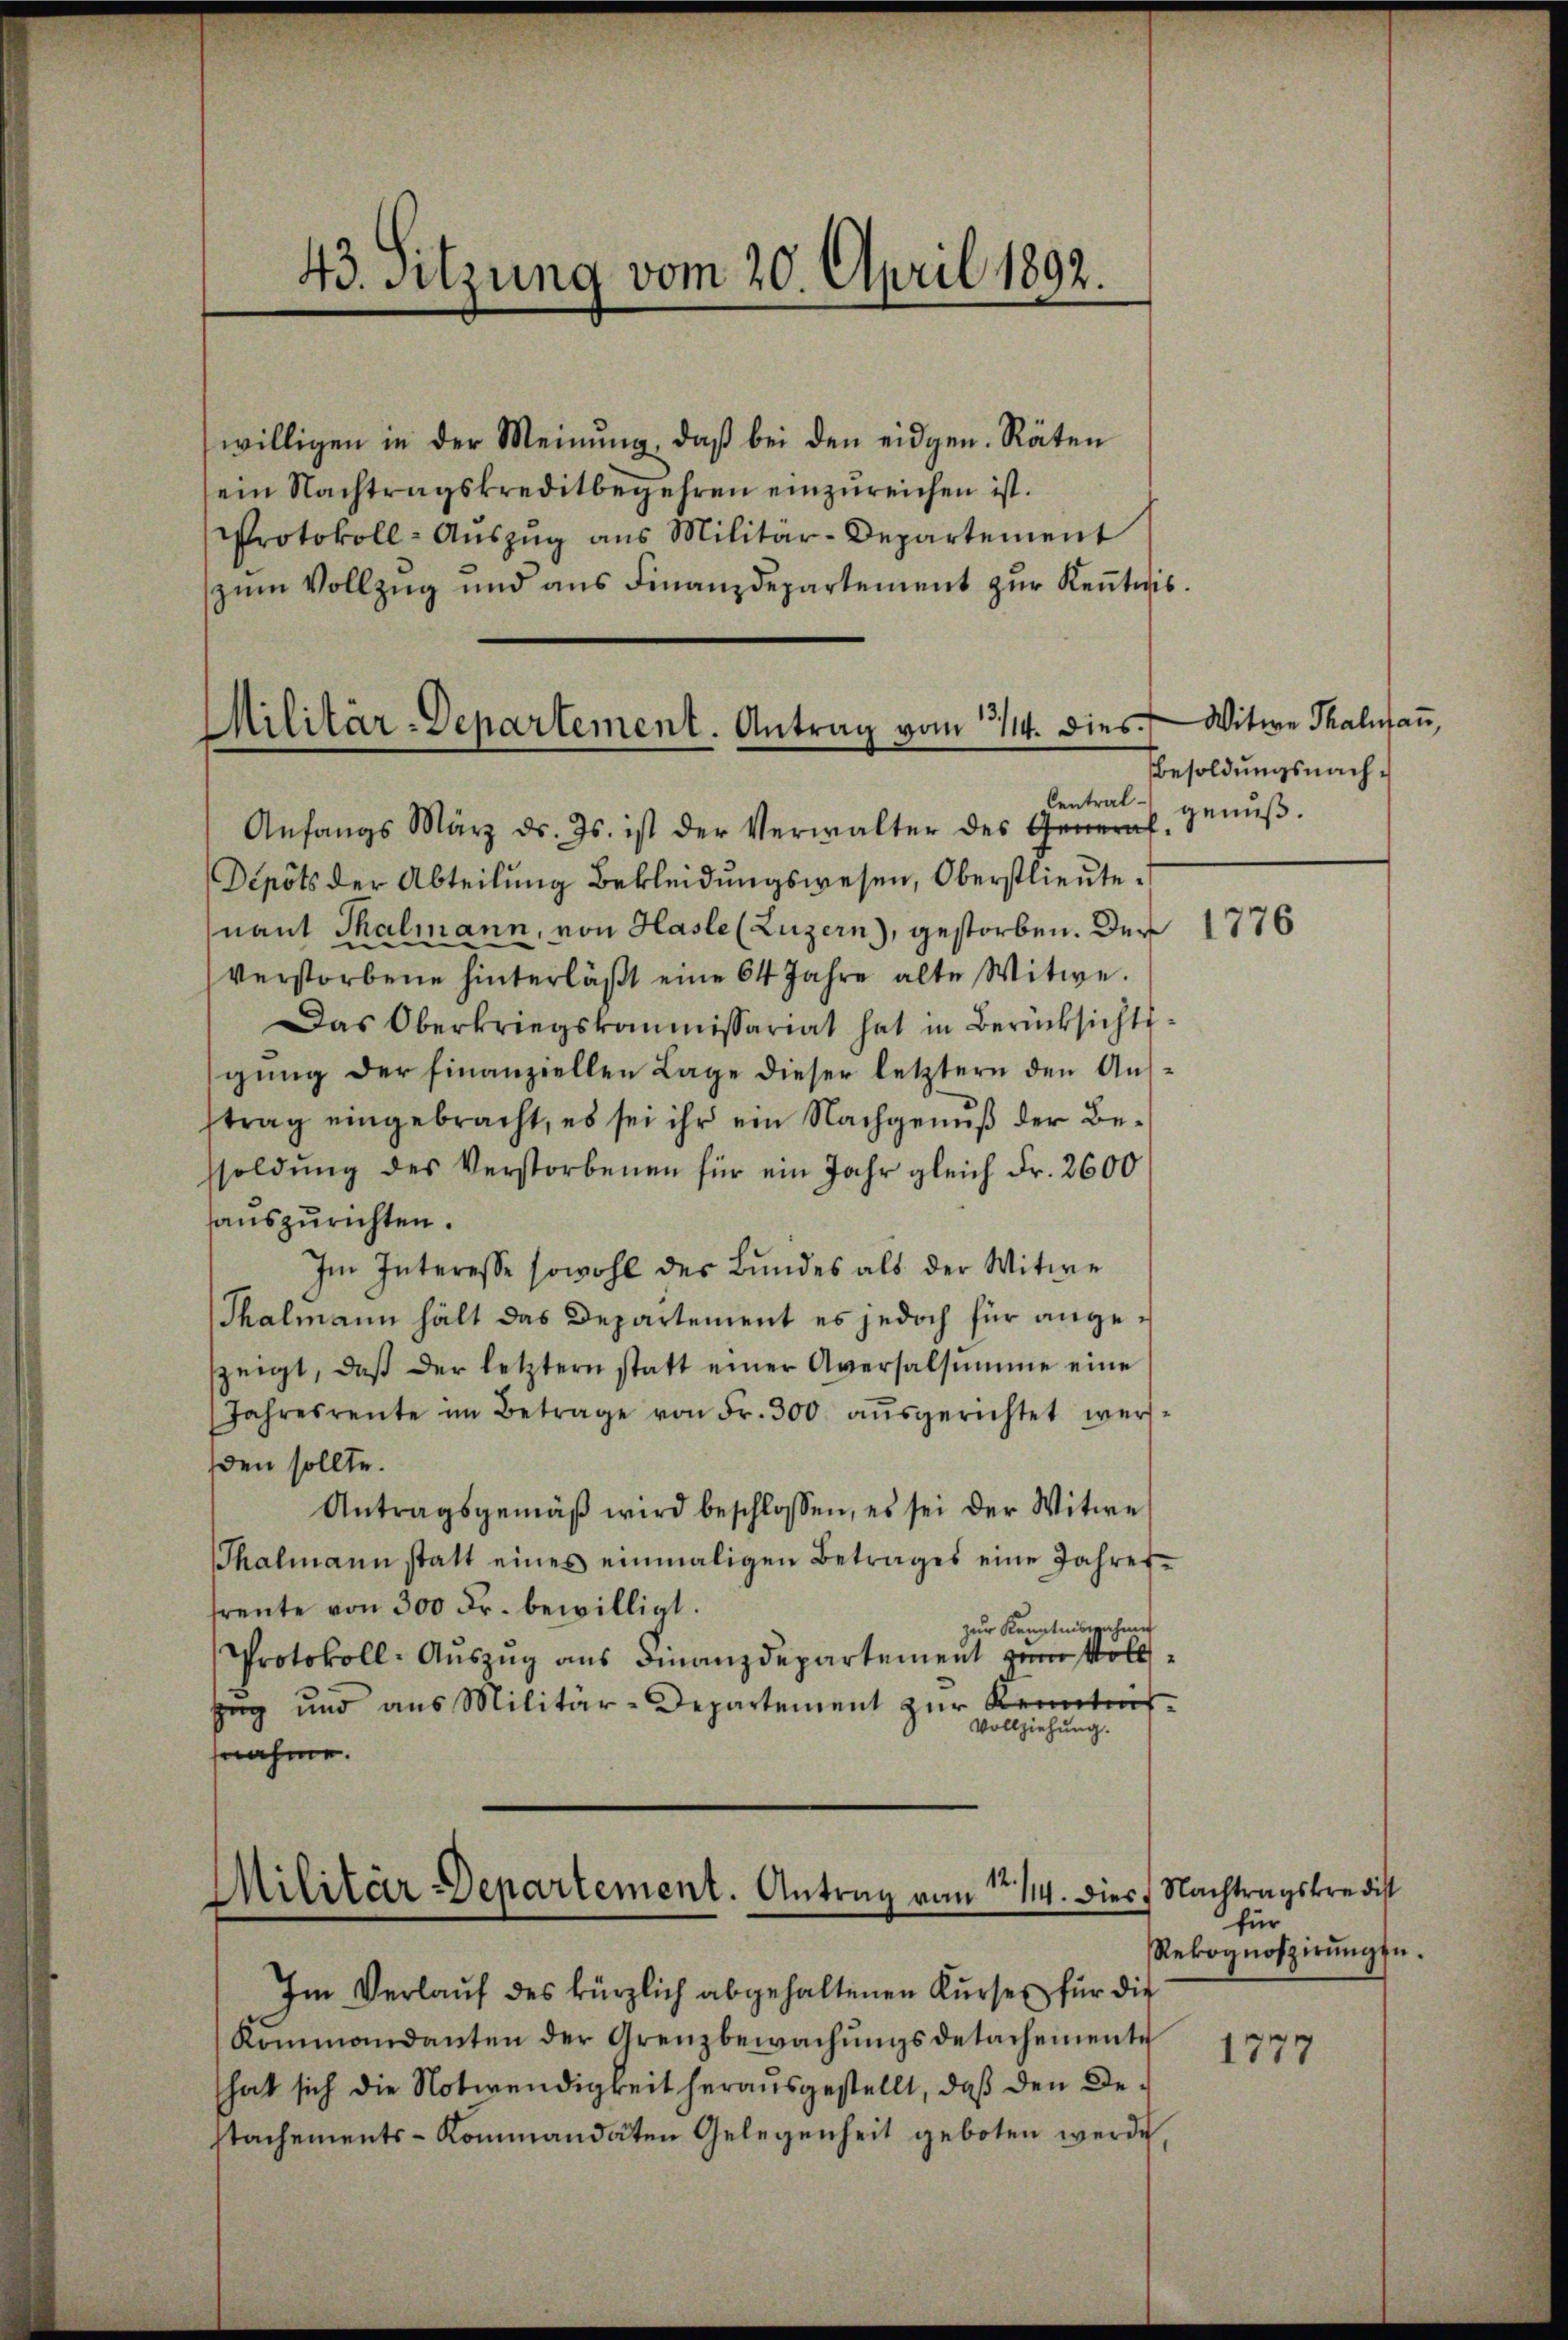
43. Sitzung vom 20. April 1892.

willigen in der Meinŭng, daβ bei den eidgen. Räten
ein Nachtragskreditbegehren einzureichen ist.
Protokoll-Aŭszŭg ans Militär-Departement
zŭm Vollzug und ans Finanzdepartement zŭr Keṅtnis

Militär-Departement. Antrag vom 3114. dies Witwe Thalmaṅ,

Anfangs März d. Js. ist der Verwalter des General-
Depots der Abteilung Bekleidungswesen, Oberstlieute
nant Thalmann, von Hasle (Luzern), gestorben. Der 1776
verstorbene hinterläβt eine 64 Jahre alte Witwe.
Das Oberkriegskommissariat hat in Berücksichts-
gŭng der finanziellen Lage dieser letztern den Aŭs-
trag eingebracht, es sei ihr ein Nachgenuß der Besoldŭng des Verstorbenen für ein Jahr gleich Fr. 2600
auszurichten.
Im Interesse sowohl des Bundes als der Witwe
Thalmann hält das Departement es jedoch für angezeigt, daß der letztern statt einer Aversalsumme eine
Jahresrente im Betrage von Fr. 300 aŭsgerichtet wer-
sden sollte.
Antragsgemäβ wird beschlossen, es sei der Witwe
Thalmann statt eines einmaligen Betrages eine Jahres-
freute von 300 Fr. bewilligt.
zur Kenntnisnahmen
Protokoll-Auszug aus Finanzdepartement zum Vollzeg und aus Militär-Departement zur Kenntnis-
Vollziehung.
fnahme.

Militär Departement. Antrag von No 114. Dies Nachtragskredist

Besoldungsnach¬
Central- genuß.

Im Verlaŭf des kürzlich abgehaltenen Kurses für die
Kommandanten der Grenzbewachungsdetachemente
hat sich die Notwendigkeit herausgestellt, daß den Destachements-Kommandaten Gelegenheit geboten werde,

für
Rekognoszirŭngen.

1777